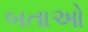
બતાઓ